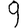
Digit: 9